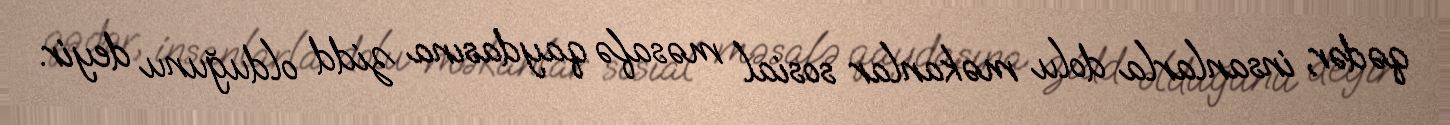
qədər, insanlarla dolu məkanlar sosial məsafə qaydasına zidd olduğunu deyir.